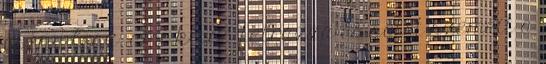
csend lesz, ami kissé felrázza és sötét szemeit a